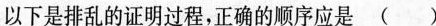
以下是排乱的证明过程，正确的顺序应是()